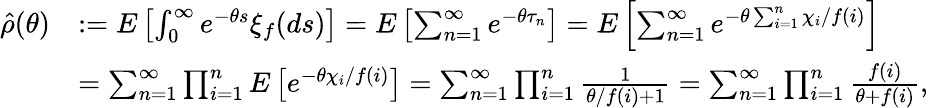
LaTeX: \begin{array}{rl}{\hat{\rho}(\theta)}&{:=E\left[\int_{0}^{\infty}e^{-\theta s}\xi_{f}(ds)\right]=E\left[\sum_{n=1}^{\infty}e^{-\theta\tau_{n}}\right]=E\left[\sum_{n=1}^{\infty}e^{-\theta\sum_{i=1}^{n}\chi_{i}/f(i)}\right]}\\ &{=\sum_{n=1}^{\infty}\prod_{i=1}^{n}E\left[e^{-\theta\chi_{i}/f(i)}\right]=\sum_{n=1}^{\infty}\prod_{i=1}^{n}\frac{1}{\theta/f(i)+1}=\sum_{n=1}^{\infty}\prod_{i=1}^{n}\frac{f(i)}{\theta+f(i)},}\end{array}